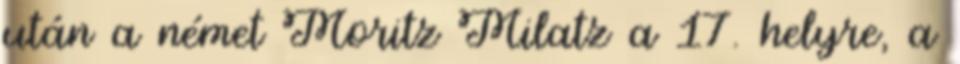
után a német Moritz Milatz a 17. helyre, a